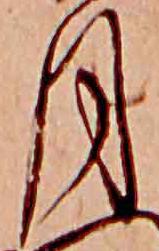
月